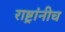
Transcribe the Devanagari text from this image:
राष्ट्रांनीच